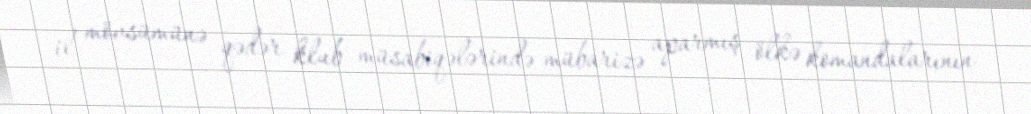
il mövsümünə qədər klub müsabiqələrində mübarizə aparmış ölkə komandalarının